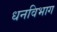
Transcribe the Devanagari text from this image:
धनविभाग